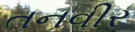
તનવીર